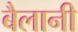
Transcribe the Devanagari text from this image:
बैलानी